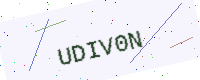
Text: UDIV0N